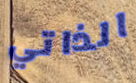
الذاتي